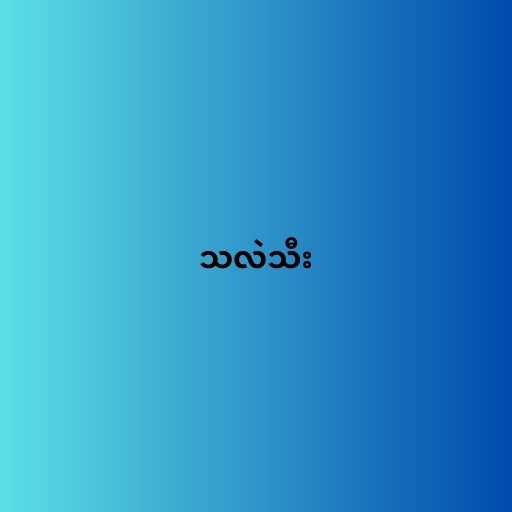
သလဲသီး